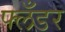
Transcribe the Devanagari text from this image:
फ्लँडर